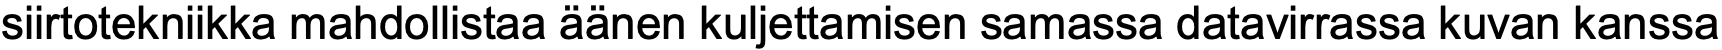
siirtotekniikka mahdollistaa äänen kuljettamisen samassa datavirrassa kuvan kanssa